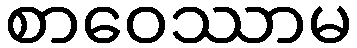
စာဝေဿာမ